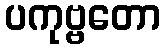
ပကုဗ္ဗတော